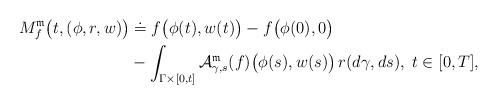
LaTeX: \begin{align*} M_{f}^{\mathfrak{m}}\bigl(t,(\phi,r,w)\bigr) &\doteq f\bigl(\phi(t),w(t)\bigr) - f\bigl(\phi(0),0\bigr) \\&- \int_{\Gamma\times [0,t]} \mathcal{A}^{\mathfrak{m}}_{\gamma,s}(f)\bigl(\phi(s),w(s)\bigr)\, r(d\gamma,ds),\; t\in [0,T],\end{align*}